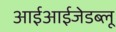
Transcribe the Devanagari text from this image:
आईआईजेडब्लू